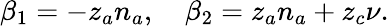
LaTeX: \beta_{1}=-z_{a}n_{a},\quad\beta_{2}=z_{a}n_{a}+z_{c}\nu.